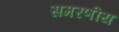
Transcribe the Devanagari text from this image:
समरणीय